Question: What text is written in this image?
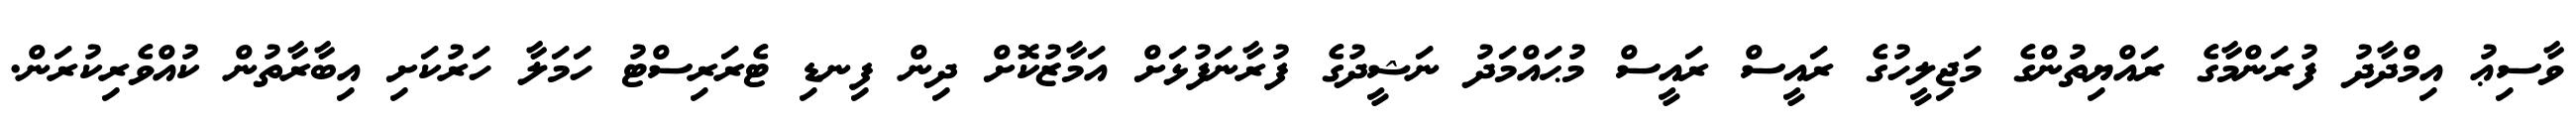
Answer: ވާސިޢު އިމްދާދު ފުރަންމާގެ ރައްޔިތުންގެ މަޖިލީހުގެ ރައީސް ރައީސް މުޙައްމަދު ނަޝީދުގެ ފުރާނަފުޅަށް އަމާޒުކޮށް ދިން ފިނޑި ޓެރަރިސްޓު ހަމަލާ ހަރުކަށި އިބާރާތުން ކުއްވެރިކުރަން.